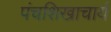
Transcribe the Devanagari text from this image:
पंचशिखाचार्य